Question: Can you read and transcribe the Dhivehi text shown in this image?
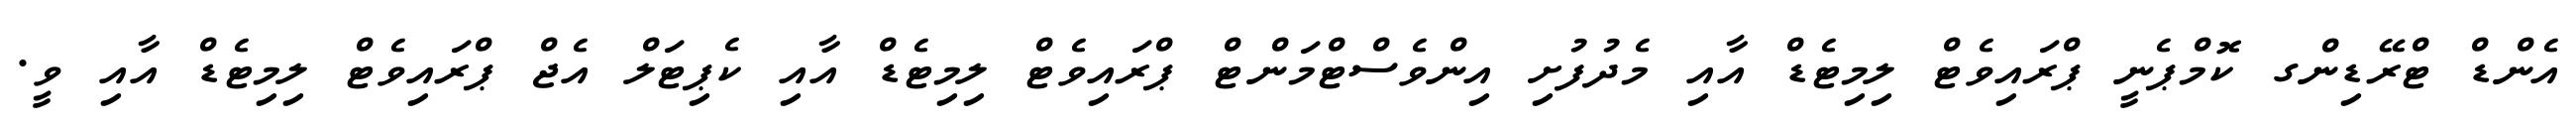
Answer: އެންޑް ޓްރޭޑިންގ ކޮމްޕެނީ ޕްރައިވެޓް ލިމިޓެޑް އާއި މެދުފުށި އިންވެސްޓްމަންޓް ޕްރައިވެޓް ލިމިޓެޑް އާއި ކެޕިޓަލް އެޖް ޕްރައިވެޓް ލިމިޓެޑް އާއި ވީ.